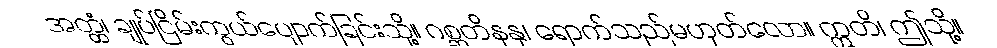
အတ္ထံ၊ ချုပ်ငြိမ်းကွယ်ပျောက်ခြင်းသို့။ ဂစ္ဆတိနနု၊ ရောက်သည်မဟုတ်လော။ ဣတိ၊ ဤသို့။